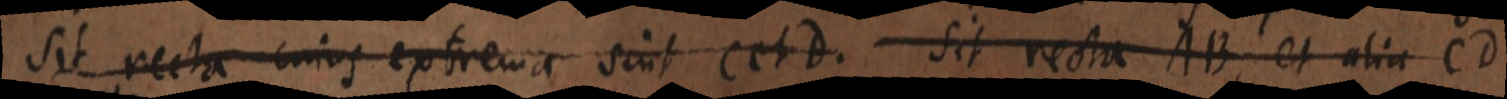
sit recta cuius extrema sint C et D. sit recta AB, et alia CD